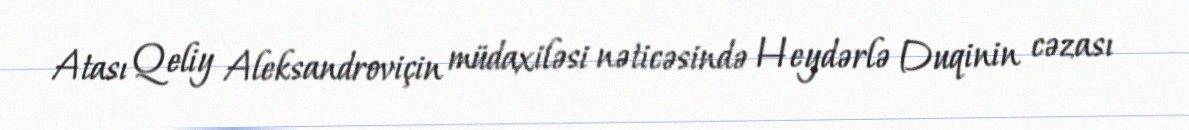
Atası Qeliy Aleksandroviçin müdaxiləsi nəticəsində Heydərlə Duqinin cəzası